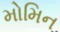
મોમિન